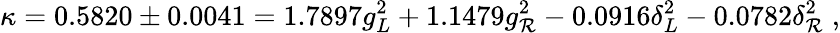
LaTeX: \kappa=0.5820\pm0.0041=1.7897g_{L}^{2}+1.1479g_{\mathcal{R}}^{2}-0.0916\delta_{L}^{2}-0.0782\delta_{\mathcal{R}}^{2}\; ,